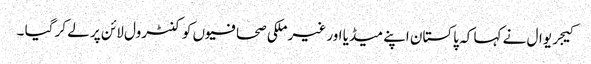
کیجریوال نے کہا کہ پاکستان اپنے میڈیا اور غیر ملکی صحافیوں کو کنٹرول لائن پر لے کر گیا ۔